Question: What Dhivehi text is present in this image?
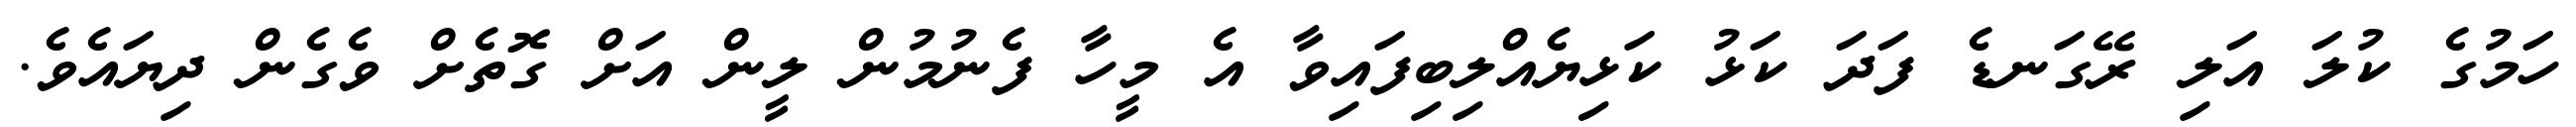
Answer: ހަމުގެ ކުލަ އަލި ރޭގަނޑެ ފަދަ ކަޅު ކަޅިޔެއްލިބިފައިވާ އެ މީހާ ފެނުމުން ލީން އަށް ގޮތެށް ވެގެން ދިޔައެވެ.